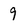
Character: 9